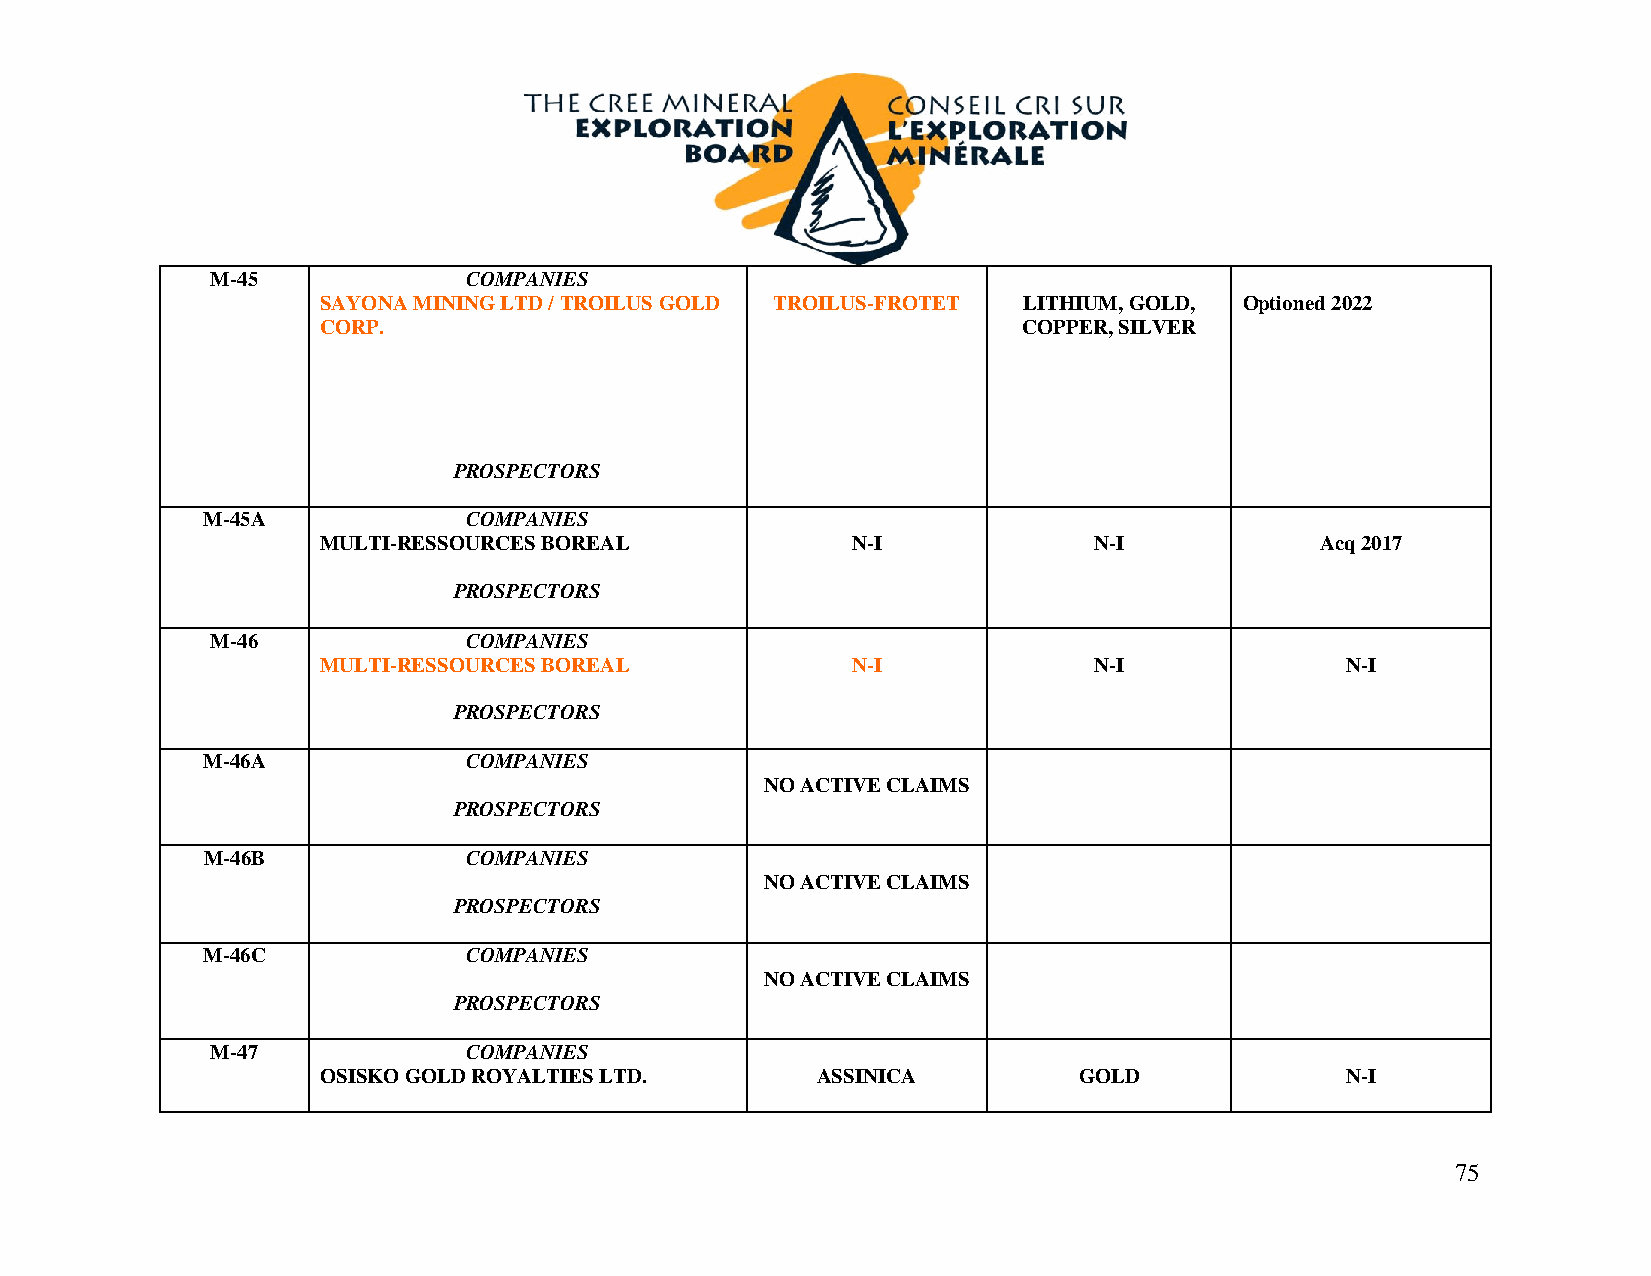
M-45             COMPANIES
 SAYONA MINING LTD / TROILUS GOLD TROILUS-FROTET LITHIUM, GOLD, Optioned 2022
 CORP.                                          COPPER, SILVER
 PROSPECTORS
 M-45A             COMPANIES
 MULTI-RESSOURCES BOREAL            N-I             N-I            Acq 2017
 PROSPECTORS
 M-46             COMPANIES
 MULTI-RESSOURCES BOREAL            N-I             N-I              N-I
 PROSPECTORS
 M-46A             COMPANIES
 NO ACTIVE CLAIMS
 PROSPECTORS
 M-46B             COMPANIES
 NO ACTIVE CLAIMS
 PROSPECTORS
 M-46C             COMPANIES
 NO ACTIVE CLAIMS
 PROSPECTORS
 M-47             COMPANIES
 OSISKO GOLD ROYALTIES LTD.       ASSINICA         GOLD              N-I
 75